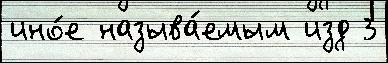
ино́е называ́емым изд 3